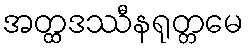
အတ္ထဒဿီနရုတ္တမေ